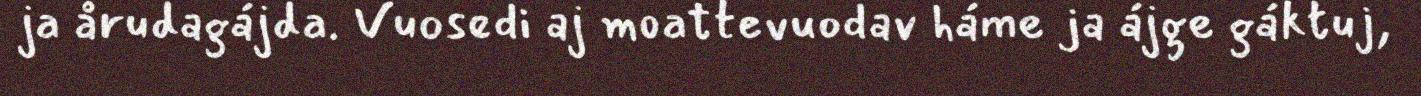
ja årudagájda. Vuosedi aj moattevuodav háme ja ájge gáktuj,